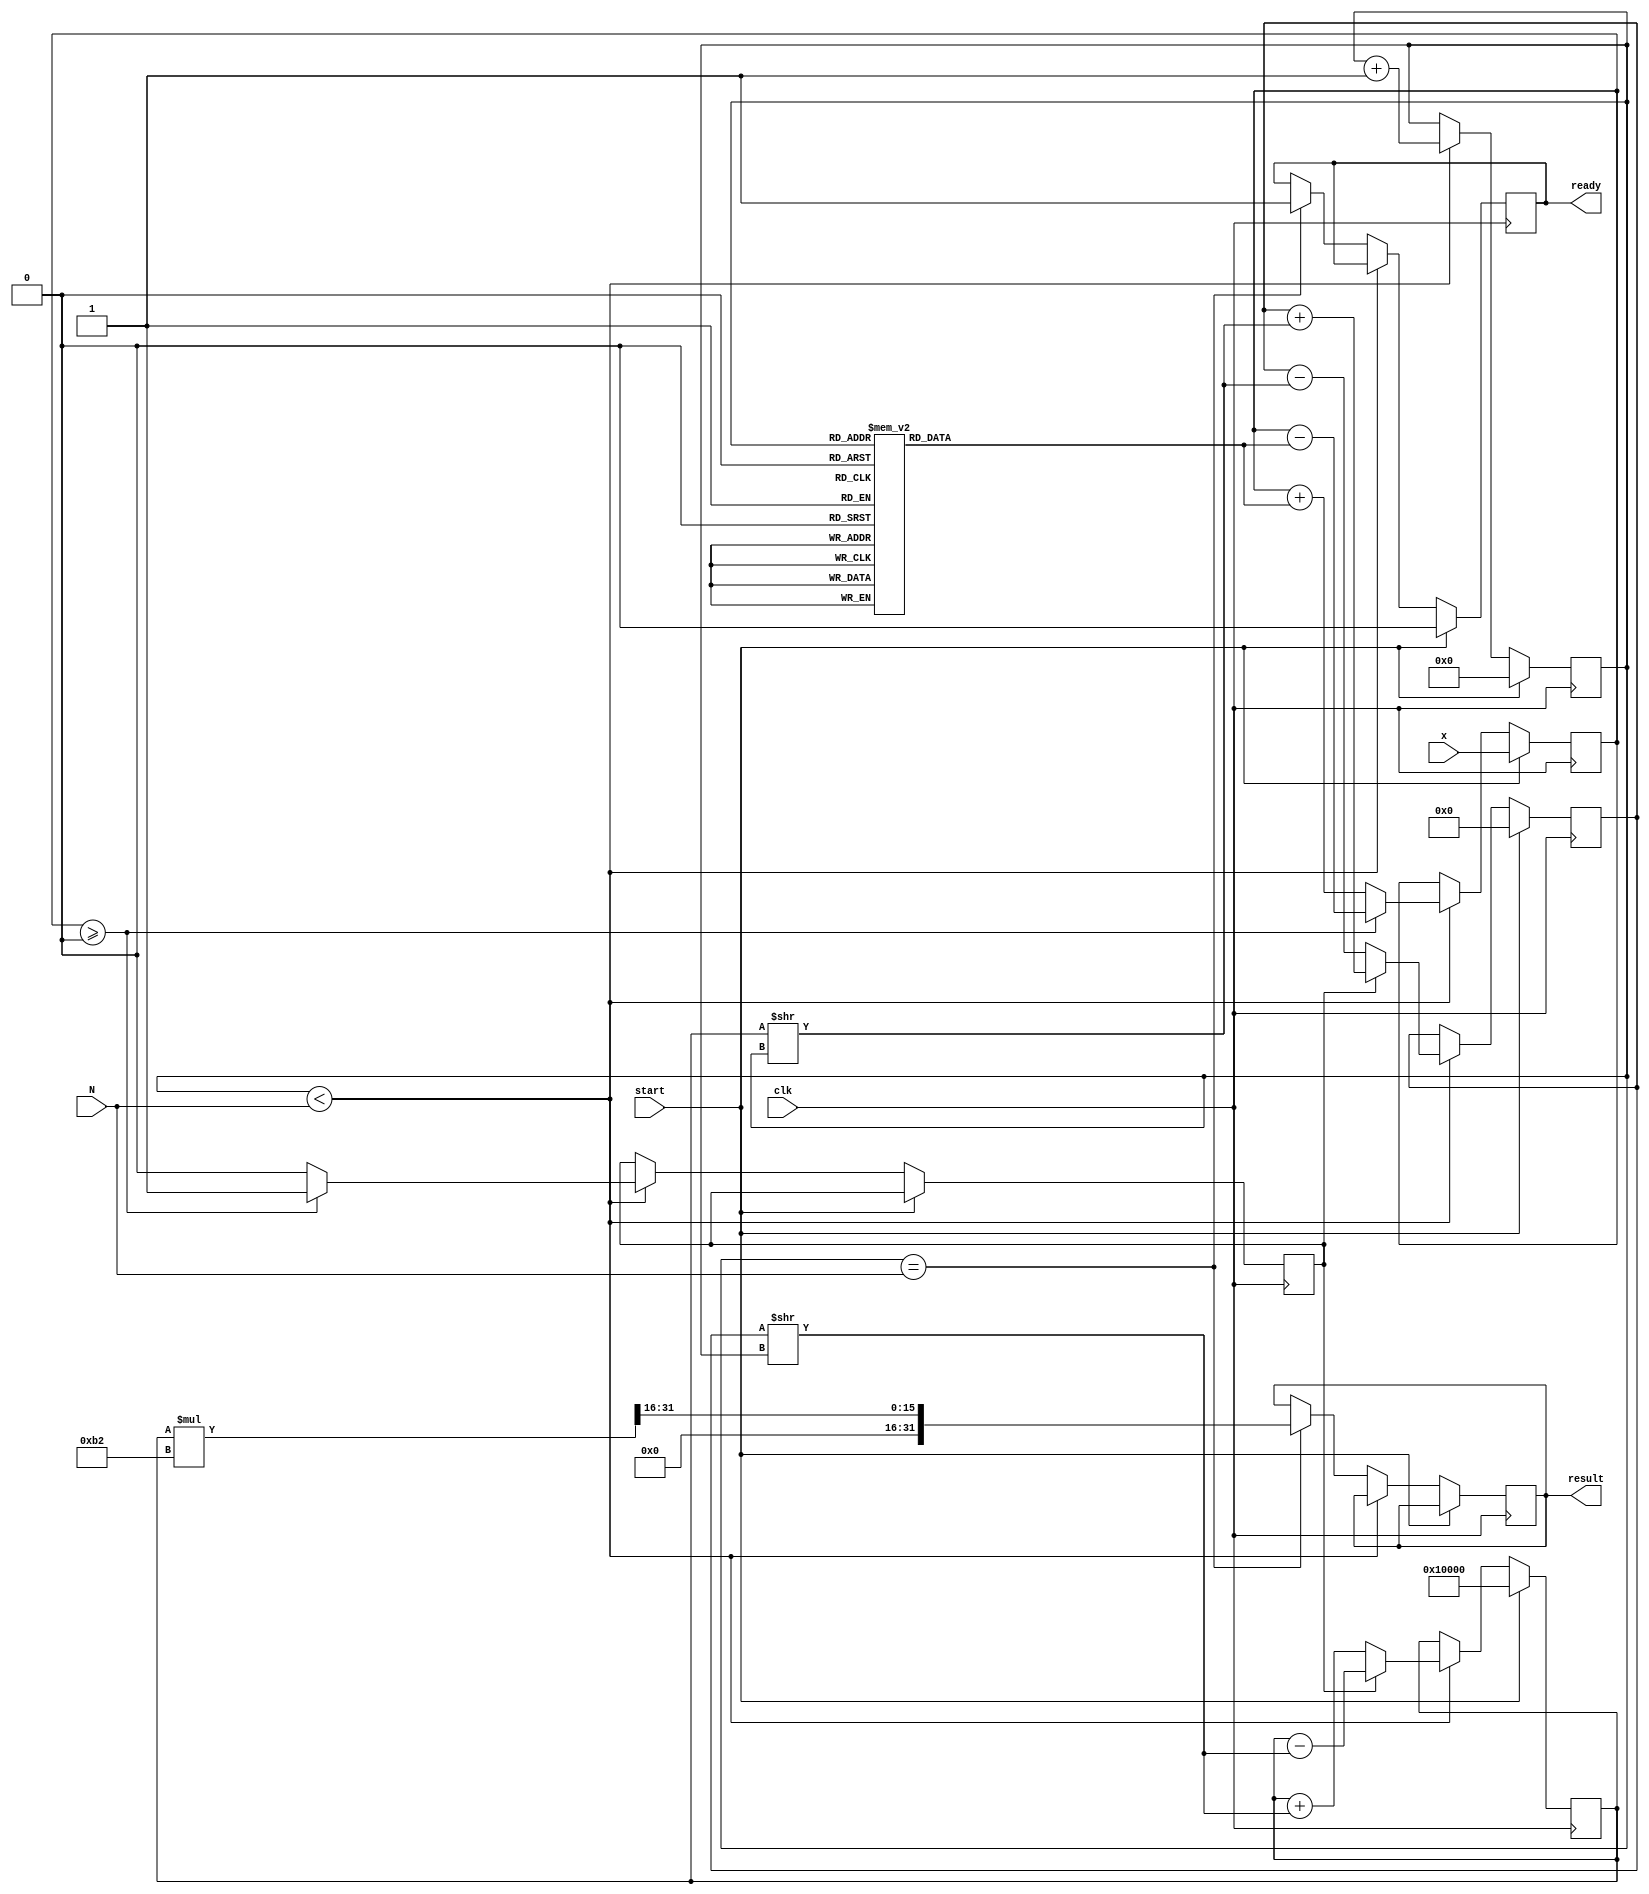
module cordic_exponential (
    input wire [15:0] x, // Input x (fixed-point format)
    input wire [3:0] N,   // Number of iterations
    input wire clk,
    input wire start,
    output reg [31:0] result, // Output result (fixed-point format)
    output reg ready // Indicates when the result is ready
);

    parameter ITERATIONS = 16; // Max iterations
    parameter K = 16'hB2; // Pre-calculated scaling factor (K = 1/constant)

    reg [15:0] angle_table [0:ITERATIONS-1]; // Angle lookup table
    reg [15:0] z; // Current value of z
    reg [31:0] x_accum; // Accumulated result for x
    reg [31:0] y_accum; // Accumulated result for y
    reg [3:0] i; // Iteration counter
    reg dir; // Direction for rotation (0: clockwise, 1: counterclockwise)
    
    initial begin
        // Initialize angle table (in fixed point format)
        angle_table[0] = 16'h1C90;  // /2
        angle_table[1] = 16'h0CD8;  // /4
        angle_table[2] = 16'h0645;  // /8
        // Further angles can be initialized here...
        // For simplicity, fill rest with pre-calculated angles if necessary.
    end

    always @(posedge clk) begin
        if (start) begin
            // Reset accumulators and control variables
            z <= x;
            x_accum <= 32'h00010000; // Initial value for x (1 in fixed point)
            y_accum <= 32'h00000000; // Initial value for y (0 in fixed point)
            i <= 0;
            ready <= 0;
        end else if (i < N) begin
            // Determine direction of rotation
            if (z >= 0) begin
                dir <= 1; // Counterclockwise
                z <= z - angle_table[i]; // Update z for the next iteration
            end else begin
                dir <= 0; // Clockwise
                z <= z + angle_table[i]; // Update z for the next iteration
            end
            
            // CORDIC rotation calculations
            if (dir) begin
                // Counterclockwise
                x_accum <= x_accum - (y_accum >> i); // x_new = x - (y * 2^-i)
                y_accum <= y_accum + (x_accum >> i); // y_new = y + (x * 2^-i)
            end else begin
                // Clockwise
                x_accum <= x_accum + (y_accum >> i); // x_new = x + (y * 2^-i)
                y_accum <= y_accum - (x_accum >> i); // y_new = y - (x * 2^-i)
            end
            
            i <= i + 1; // Increment iteration count
        end else if (i == N) begin
            // Apply scaling factor
            result <= (x_accum * K) >> 16; // Scaling result and prepare output
            ready <= 1; // Indicate that result is ready
        end
    end
endmodule